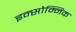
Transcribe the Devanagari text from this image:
इन्सोम्निक